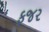
ફજર